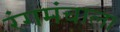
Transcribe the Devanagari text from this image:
रंगमंचाला